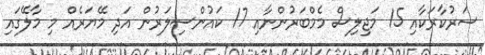
ސަރުކާރަކާއި 15 މަޖިލިސް މެމްބަރުންނާއި 17 ކައުންސިލަރުން އަދި މޭޔަރެއް މި މާލޭގައި